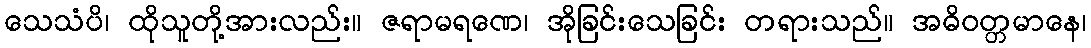
သေသံပိ၊ ထိုသူတို့အားလည်း။ ဇရာမရဏေ၊ အိုခြင်းသေခြင်း တရားသည်။ အဓိဝတ္တမာနေ၊